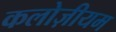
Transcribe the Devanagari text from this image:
कलोज़ीयम